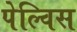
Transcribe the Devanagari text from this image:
पेल्विस